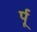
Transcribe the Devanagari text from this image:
र्पू